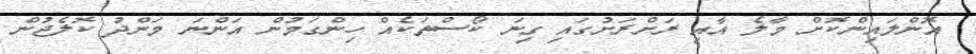
އޮންލައިންކޮށް މާލެ އާއި ރަށްރަށުގައި ގިނަ ކޯސްތަކެއް ހިންގަމުން އަންނަ މަންދު ކޮލެޖުން